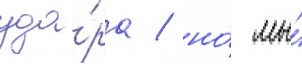
уда́ра / но́ мы́